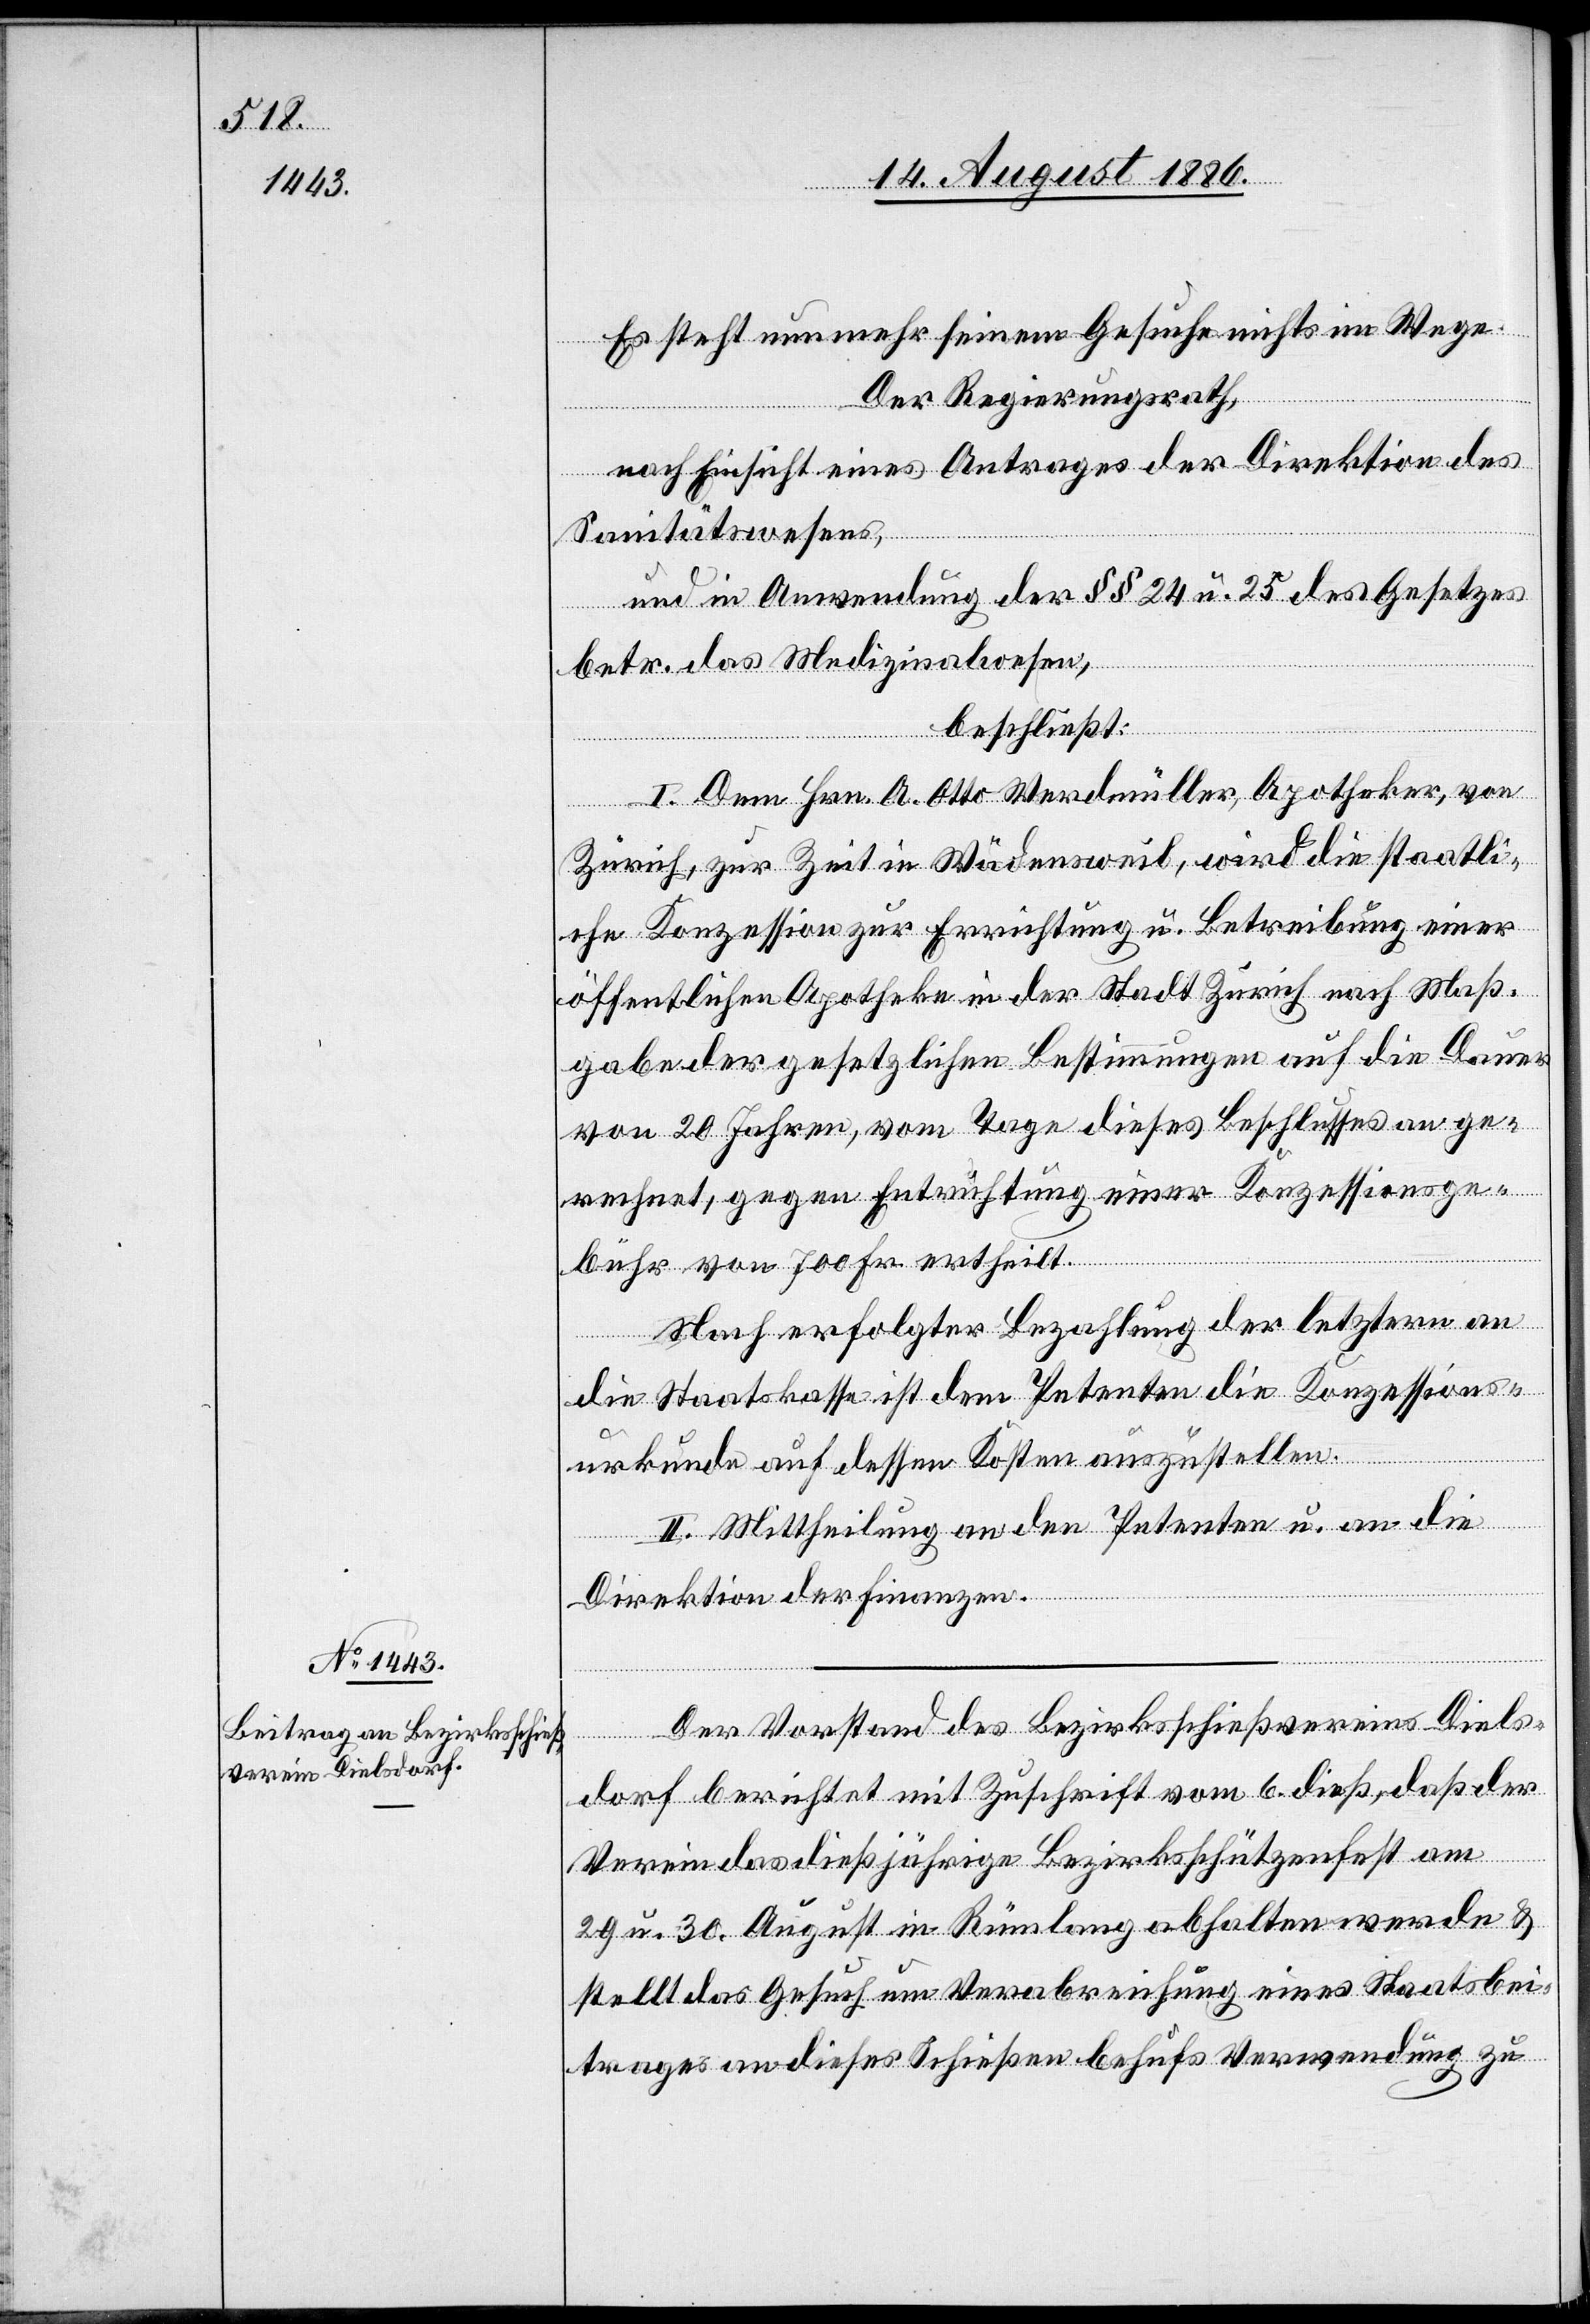
Es steht nunmehr seinem Gesuche nichts im Wege.
Der Regierungsrath,
nach Einsicht eines Antrages der Direktion des
Diels¬
Sanitätswesens,
und in Anwendung der §§ 24 u. 25 des Gesetzes
betr. das Medizinalwesen,
beschließt:
I. Dem Hrn. A. Otto Werdmüller, Apotheker, von
Zürich, zur Zeit in Wädensweil, wird die staatli¬
che Konzession zur Errichtung u. Betreibung einer
öffentlichen Apotheke in der Stadt Zürich nach Maß¬
gabe der gesetzlichen Bestimmungen auf die Dauer
von 20 Jahren, vom Tage dieses Beschlusses an ge¬
rechnet, gegen Entrichtung einer Konzessionsge¬
bühr von 700 Fr. ertheilt.
Nach erfolgter Bezahlung der letztern an
die Staatskasse ist dem Petenten die Konzessions¬
urkunde auf dessen Kosten auszustellen.
II. Mittheilung an den Petenten u. an die
Direktion der Finanzen.
dorf berichtet mit Zuschrift vom 6. dieß, daß der
Verein das dießjährige Bezirksschützenfest am
29. u. 30. August in Rümlang abhalten werde &
stellt das Gesuch um Verabreichung eines Staatsbei¬
trages an dieses Schießen behufs Verwendung zu

tand